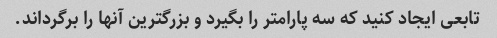
تابعی ایجاد کنید که سه پارامتر را بگیرد و بزرگترین آنها را برگرداند.